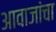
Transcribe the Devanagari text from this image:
आवाजांचा